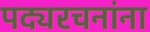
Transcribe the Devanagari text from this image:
पद्यरचनांना